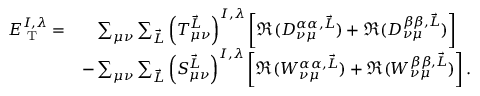
\begin{array} { r l } { E _ { \textrm { T } } ^ { I , \lambda } = } & { { \phantom { - } } \sum _ { \mu \nu } \sum _ { \vec { L } } \left( T _ { \mu \nu } ^ { \vec { L } } \right) ^ { I , \lambda } \left[ \Re ( D _ { \nu \mu } ^ { \alpha \alpha , \vec { L } } ) + \Re ( D _ { \nu \mu } ^ { \beta \beta , \vec { L } } ) \right] } \\ & { - \sum _ { \mu \nu } \sum _ { \vec { L } } \left( S _ { \mu \nu } ^ { \vec { L } } \right) ^ { I , \lambda } \left[ \Re ( W _ { \nu \mu } ^ { \alpha \alpha , \vec { L } } ) + \Re ( W _ { \nu \mu } ^ { \beta \beta , \vec { L } } ) \right] . } \end{array}